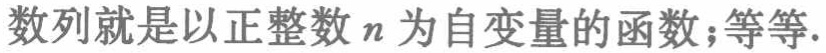
数列就是以正整数\(n\)为自变量的函数；等等.